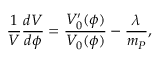
{ \frac { 1 } { V } } { \frac { d V } { d \phi } } = { \frac { V _ { 0 } ^ { \prime } ( \phi ) } { V _ { 0 } ( \phi ) } } - { \frac { \lambda } { m _ { P } } } ,